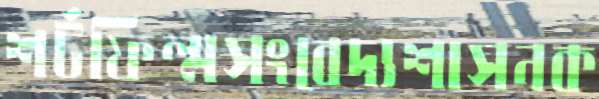
শর্টফিল্মসংবেদ্যশাসনক